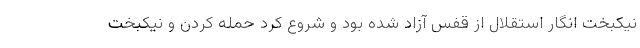
نیکبخت انگار استقلال از قفس آزاد شده بود و شروع کرد حمله کردن و نیکبخت